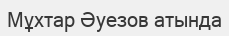
Мұхтар Әуезов атында